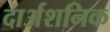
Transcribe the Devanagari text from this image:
दार्अशनिक